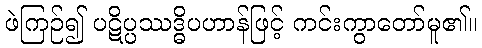
ဖဲကြဉ်၍ ပဋိပ္ပဿဒ္ဓိပဟာန်ဖြင့် ကင်းကွာတော်မူ၏။